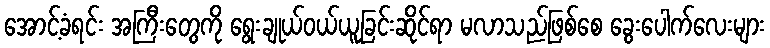
အောင့်ခံရင်း အကြီးတွေကို ရွေးချုယ်ဝယ်ယူခြင်းဆိုင်ရာ မလာသည်ဖြစ်စေ ခွေးပေါက်လေးများ